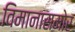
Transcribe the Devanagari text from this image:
विमानासमोर